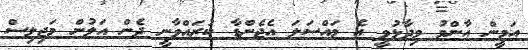
އަމީން އާންމު ވިދާޅުވީ އެ މައްސަލަ އެޖެންޑާ ކުރައްވާނީ ދެން އަލުން މަޖިލިސް